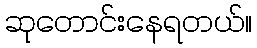
ဆုတောင်းနေရတယ်။